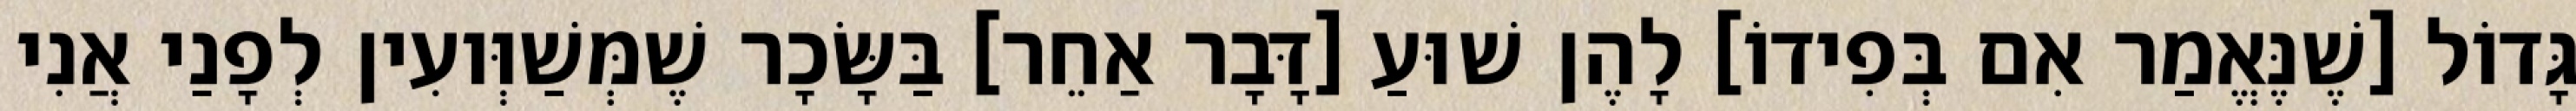
גָּדוֹל [שֶׁנֶּאֱמַר אִם בְּפִידוֹ] לָהֶן שׁוּעַ [דָּבָר אַחֵר] בַּשָּׂכָר שֶׁמְּשַׁוְּועִין לְפָנַי אֲנִי